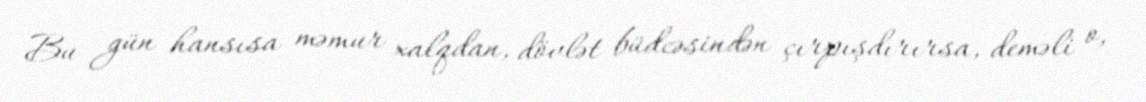
Bu gün hansısa məmur xalqdan, dövlət büdcəsindən çırpışdırırsa, deməli o,